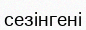
сезінгені